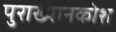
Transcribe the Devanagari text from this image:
पुराख्यानकोश